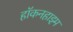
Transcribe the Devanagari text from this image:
हॉकनहाइम